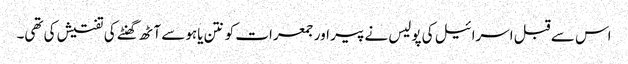
اس سے قبل اسرائیل کی پولیس نے پیر اور جمعرات کو نتن یاہو سے آٹھ گھنٹے کی تفتیش کی تھی۔